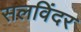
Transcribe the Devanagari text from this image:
सलविंदर